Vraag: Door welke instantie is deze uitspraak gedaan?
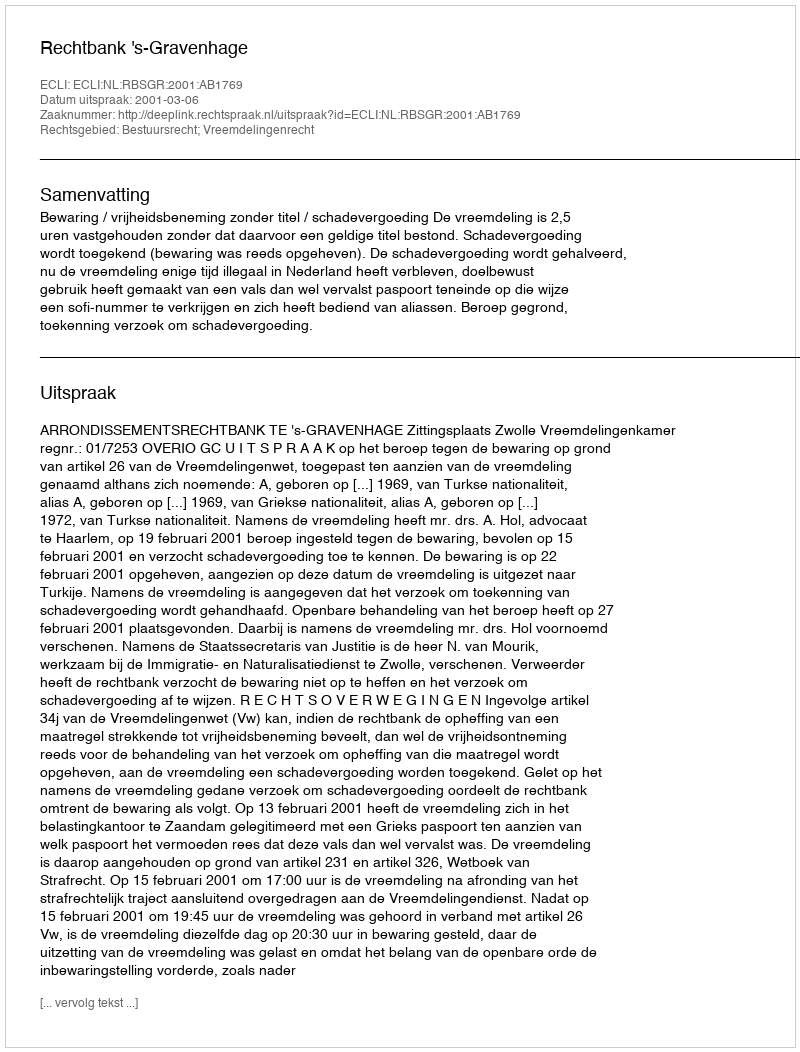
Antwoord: Rechtbank 's-Gravenhage